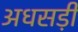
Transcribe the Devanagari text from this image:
अधसड़ी